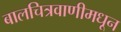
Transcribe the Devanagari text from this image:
बालचित्रवाणीमधून